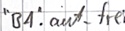
Text: "BA".auto_frei